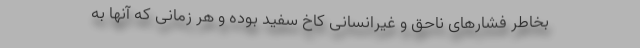
بخاطر فشارهای ناحق و غیرانسانی کاخ سفید بوده و هر زمانی که آنها به